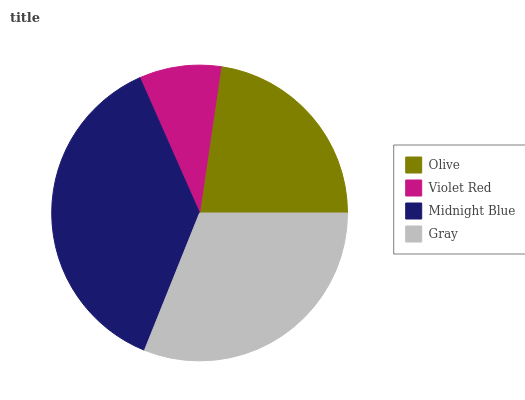
| Olive | Violet Red | Midnight Blue | Gray |
 | --- | --- | --- | --- |
 | 22.8% | 8.95% | 37.2% | 31% |